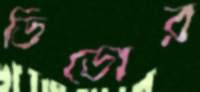
ডিডোর